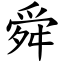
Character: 舜